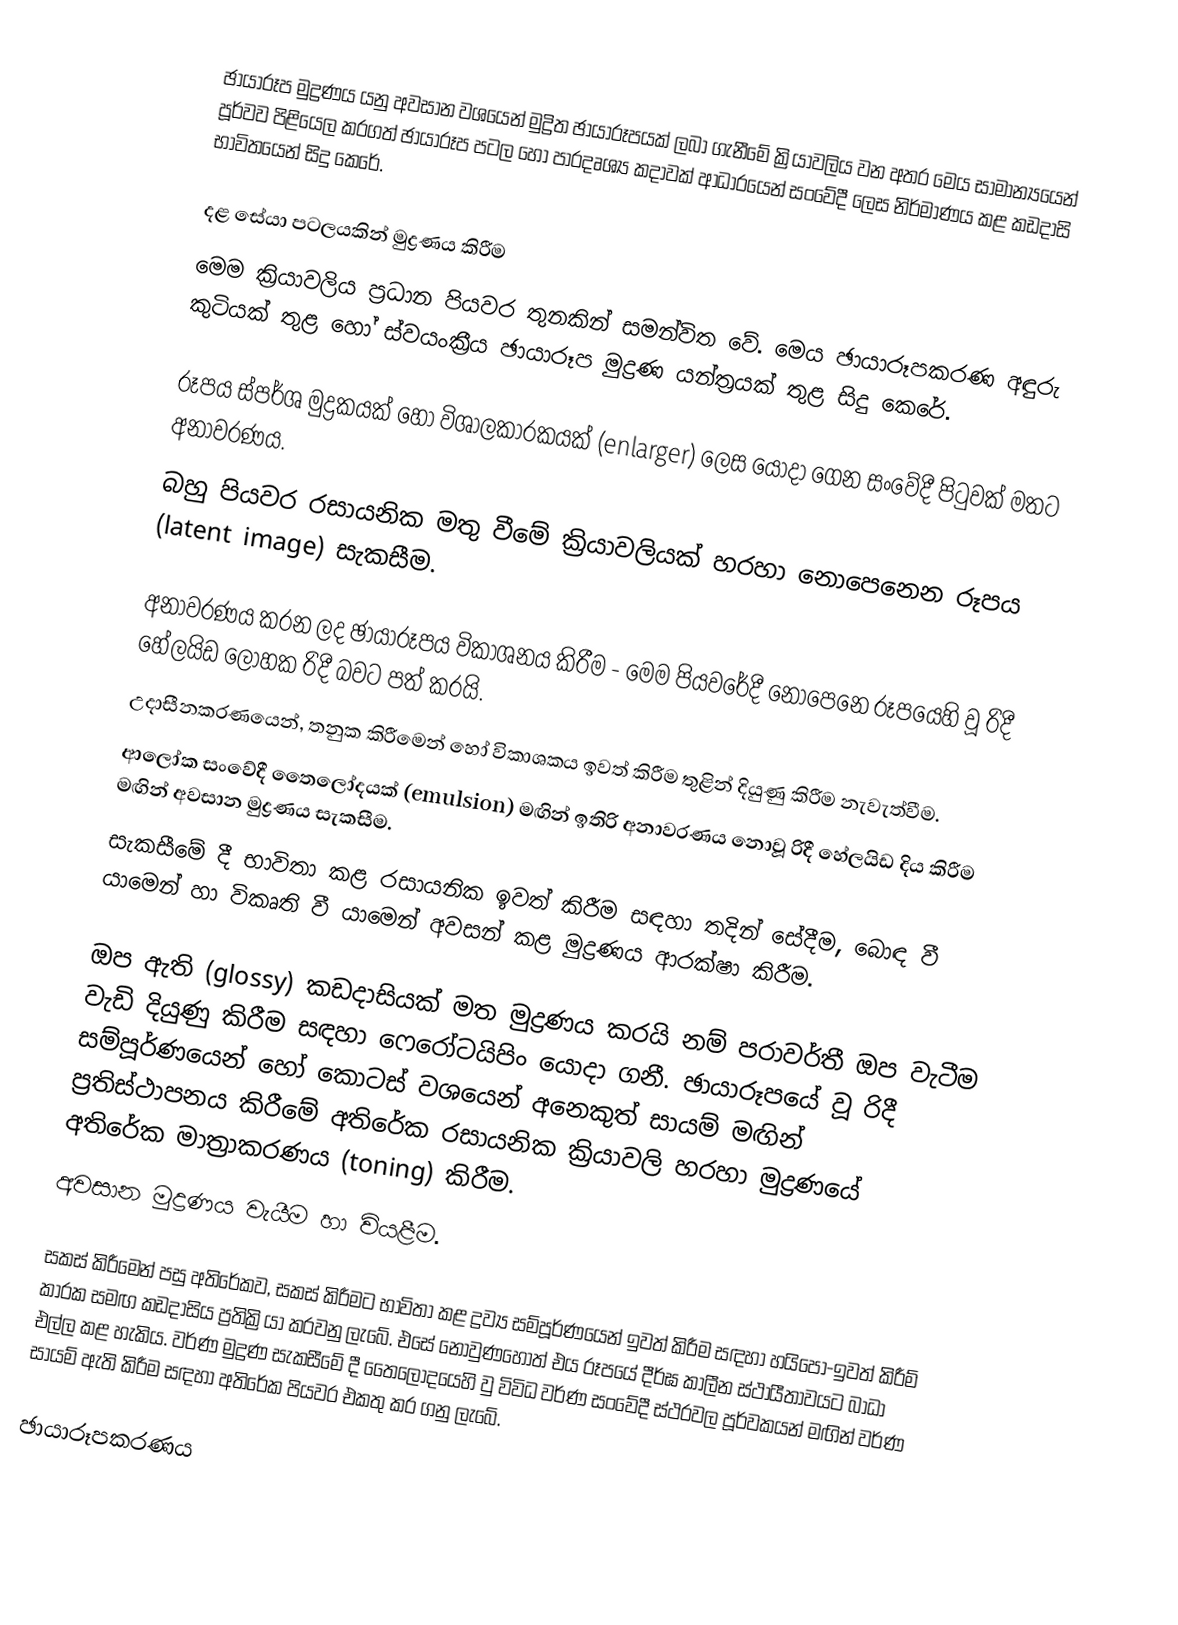
ඡායාරූප මුද්‍රණය යනු අවසාන වශයෙන් මුද්‍රිත ඡායාරූපයක් ලබා ගැනීමේ ක්‍රියාවලිය වන අතර මෙය සාමාන්‍යයෙන් පූර්වව පිළියෙල කරගත් ඡායාරූප පටල හෝ පාරදෘශ්‍ය කදාවක් ආධාරයෙන් සංවේදී ලෙස නිර්මාණය කළ කඩදාසි භාවිතයෙන් සිදු කෙරේ.

දළ සේයා පටලයකින් මුද්‍රණය කිරීම
මෙම ක්‍රියාවලිය ප්‍රධාන පියවර තුනකින් සමන්විත වේ. මෙය ඡායාරූපකරණ අඳුරු කුටියක් තුළ හෝ ස්වයංක්‍රීය ඡායාරූප මුද්‍රණ යන්ත්‍රයක් තුළ සිදු කෙරේ.

රූපය ස්පර්ශ මුද්‍රකයක් හෝ විශාලකාරකයක් (enlarger) ලෙස යොදා ගෙන සංවේදී පිටුවක් මතට අනාවරණය.
බහු පියවර රසායනික මතු වීමේ ක්‍රියාවලියක් හරහා නොපෙනෙන රූපය (latent image) සැකසීම.

 අනාවරණය කරන ලද ඡායාරූපය විකාශනය කිරීම - මෙම පියවරේදී නොපෙනෙ රූපයෙහි වූ රිදී හේලයිඩ ලෝහක රිදී බවට පත් කරයි.
 උදාසීනකරණයෙන්, තනුක කිරීමෙන් හෝ විකාශකය ඉවත් කිරීම තුළින් දියුණු කිරීම නැවැත්වීම.
 ආලෝක සංවේදී තෛලෝදයක් (emulsion) මඟින් ඉතිරි අනාවරණය නොවූ රිදී හේලයිඩ දිය කිරීම මඟින් අවසාන මුද්‍රණය සැකසීම.
 සැකසීමේ දී භාවිතා කළ රසායනික ඉවත් කිරීම සඳහා තදින් සේදීම, බොඳ වී යාමෙන් හා විකෘති වී යාමෙන් අවසන් කළ මුද්‍රණය ආරක්ෂා කිරීම.

 ඔප ඇති (glossy) කඩදාසියක් මත මුද්‍රණය කරයි නම් පරාවර්තී ඔප වැටීම වැඩි දියුණු කිරීම සඳහා ෆෙරෝටයිපිං යොදා ගනී. ඡායාරූපයේ වූ රිදී සම්පූර්ණයෙන් හෝ කොටස් වශයෙන් අනෙකුත් සායම් මඟින් ප්‍රතිස්ථාපනය කිරීමේ අතිරේක රසායනික ක්‍රියාවලි හරහා මුද්‍රණයේ අතිරේක මාත්‍රාකරණය (toning) කිරීම.
 අවසාන මුද්‍රණය වැයීම හා වියළීම.

සකස් කිරීමෙන් පසු අතිරේකව, සකස් කිරීමට භාවිතා කළ ද්‍රව්‍ය සම්පූර්ණයෙන් ඉවත් කිරීම සඳහා හයිපො-ඉවත් කිරීම් කාරක සමඟ කඩදාසිය ප්‍රතික්‍රියා කරවනු ලැබේ. එසේ නොවුණහොත් එය රූපයේ දීර්ඝ කාලීන ස්ථායීතාවයට බාධා එල්ල කළ හැකිය. වර්ණ මුද්‍රණ සැකසීමේ දී තෛලෝදයෙහි වු විවිධ වර්ණ සංවේදී ස්ථරවල පූර්වකයන් මඟින් වර්ණ සායම් ඇති කිරීම සඳහා අතිරේක පියවර එකතු කර ගනු ලැබේ.

ඡායාරූපකරණය